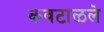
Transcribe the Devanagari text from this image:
कवटाळले